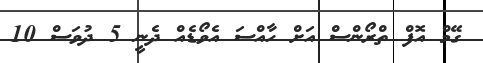
ގޭމް އޮފް ތްރޯންސް އަށް ހާއްސަ އެވޯޑެއް ދެނީ 5 ދުވަސް 10